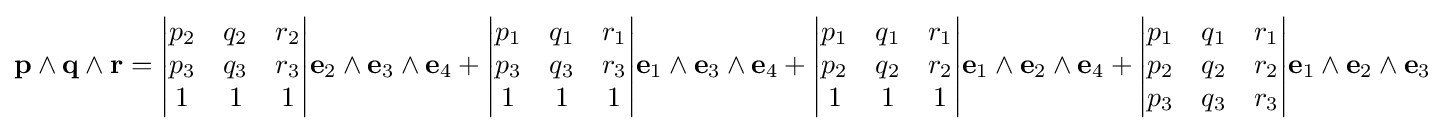
\mathbf {p} \wedge \mathbf {q} \wedge \mathbf {r} ={\begin{vmatrix}p_{2}&q_{2}&r_{2}\\p_{3}&q_{3}&r_{3}\\1&1&1\end{vmatrix}}\mathbf {e} _{2}\wedge \mathbf {e} _{3}\wedge \mathbf {e} _{4}+{\begin{vmatrix}p_{1}&q_{1}&r_{1}\\p_{3}&q_{3}&r_{3}\\1&1&1\end{vmatrix}}\mathbf {e} _{1}\wedge \mathbf {e} _{3}\wedge \mathbf {e} _{4}+{\begin{vmatrix}p_{1}&q_{1}&r_{1}\\p_{2}&q_{2}&r_{2}\\1&1&1\end{vmatrix}}\mathbf {e} _{1}\wedge \mathbf {e} _{2}\wedge \mathbf {e} _{4}+{\begin{vmatrix}p_{1}&q_{1}&r_{1}\\p_{2}&q_{2}&r_{2}\\p_{3}&q_{3}&r_{3}\end{vmatrix}}\mathbf {e} _{1}\wedge \mathbf {e} _{2}\wedge \mathbf {e} _{3}